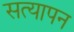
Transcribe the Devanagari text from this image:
सत्‍यापन